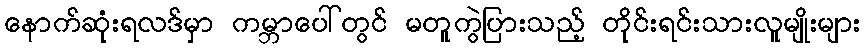
နောက်ဆုံးရလဒ်မှာ ကမ္ဘာပေါ်တွင် မတူကွဲပြားသည့် တိုင်းရင်းသားလူမျိုးများ